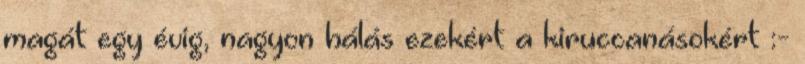
magát egy évig, nagyon hálás ezekért a kiruccanásokért :-